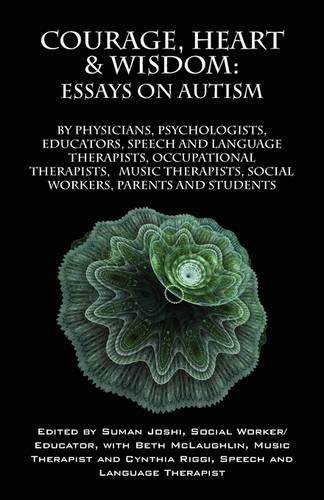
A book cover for Courage, Heart & Wisdom: Essays on Autism:  By Physicians, Psychologists, Educators, Speech and Language Therapists, Occupational Therapists, Music Therapist, Social Workers, Parents and Students; Health, Fitness & Dieting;